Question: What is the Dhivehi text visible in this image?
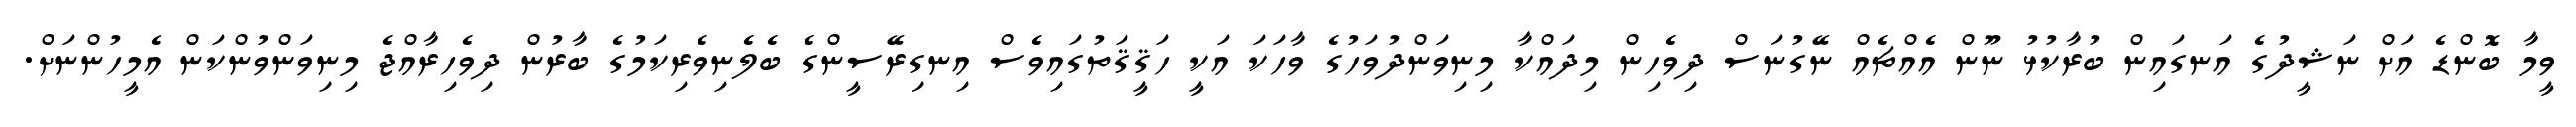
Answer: ވީމާ ބޮންޑެ އަށް ނަޝީދުގެ އަނގައިން ބުރާކުޅު ނޫން އެއްޗެއް ނޭގުނަސް ދިވެހިން މިދައްކާ މިނިވަންދުވަހުގެ ވާހަކަ އަކީ ހަޤީޤަތުގައިވެސް އިނގިރޭސީންގެ ބެލެނިވެރިކަމުގެ ބާރުން ދިވެހިރާއްޖެ މިނިވަންވުންކަން އެމީހުންނަށް.